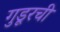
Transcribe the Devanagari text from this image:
गुडूरची